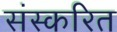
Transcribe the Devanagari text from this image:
संस्करित